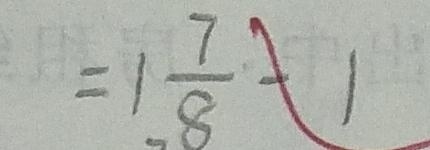
= 1 \frac { 7 } { 8 } - 1